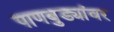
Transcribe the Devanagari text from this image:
पाणबुड्यांवर